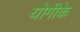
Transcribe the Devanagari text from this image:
योगीके